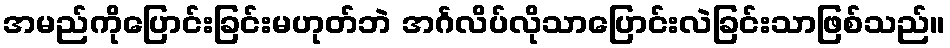
အမည်ကိုပြောင်းခြင်းမဟုတ်ဘဲ အင်္ဂလိပ်လိုသာပြောင်းလဲခြင်းသာဖြစ်သည်။